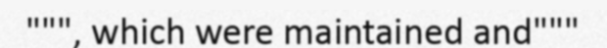
""", which were maintained and"""